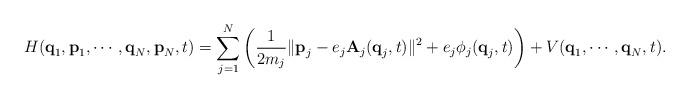
LaTeX: \begin{align*}H(\textbf{q}_1,\textbf{p}_1,\cdots,\textbf{q}_N,\textbf{p}_N,t)=\sum_{j=1}^N \left( \frac{1}{2 m_j}\|\textbf{p}_j-e_j \textbf{A}_j(\textbf{q}_j,t)\|^2+e_j \phi_j(\textbf{q}_j,t) \right) + V(\textbf{q}_1,\cdots,\textbf{q}_N,t).\end{align*}